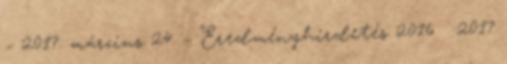
– 2017. március 24. – Eredményhirdetés 2016 2017